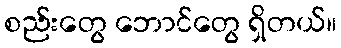
စည်းတွေ ဘောင်တွေ ရှိတယ်။